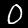
Label: 0